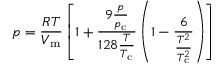
p = { \frac { R T } { V _ { \mathrm { m } } } } \left[ 1 + { \frac { 9 { \frac { p } { p _ { \mathrm { c } } } } } { 1 2 8 { \frac { T } { T _ { \mathrm { c } } } } } } \left( 1 - { \frac { 6 } { \frac { T ^ { 2 } } { T _ { \mathrm { c } } ^ { 2 } } } } \right) \right]